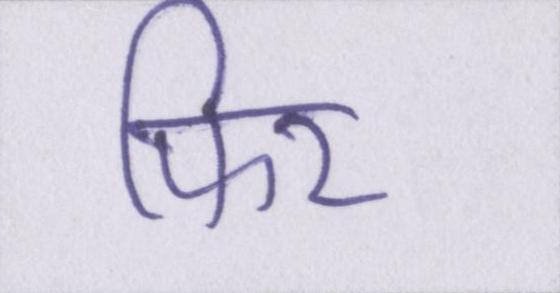
फिर